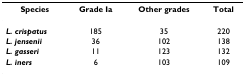
<table><thead><tr><td><b>Species</b></td><td><b>Grade Ia</b></td><td><b>Other grades</b></td><td><b>Total</b></td></tr></thead><tbody><tr><td><b><i>L. crispatus</i></b></td><td>185</td><td>35</td><td>220</td></tr><tr><td><b><i>L. jensenii</i></b></td><td>36</td><td>102</td><td>138</td></tr><tr><td><b><i>L. gasseri</i></b></td><td>11</td><td>123</td><td>132</td></tr><tr><td><b><i>L. iners</i></b></td><td>6</td><td>103</td><td>109</td></tr></tbody></table>